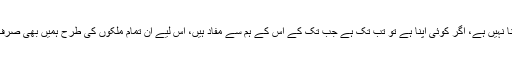
کاش ہماری دھرتی ماں بچپن سے ہی ہمیں اس حقیقت سے آگاہ کر دیتی کے کوئی بھی ملک اپنا نہیں ہے، اگر کوئی اپنا ہے تو تب تک ہے جب تک کے اس کے ہم سے مفاد ہیں، اس لیے ان تمام ملکوں کی طرح ہمیں بھی صرف اپنے ہی مفاد دیکھنے ہیں، ہم نے اپنے مفاد کی خاطر اندر کے دشمنوں کو شکست دینی ہے۔